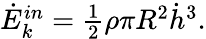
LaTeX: \begin{array}{r}{\dot{E}_{k}^{in}=\frac{1}{2}\rho\pi R^{2}\dot{h}^{3}.}\end{array}